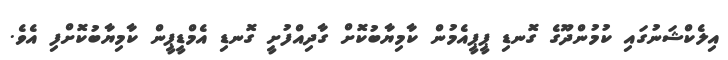
އިލެކްޝަނުގައި ކުމުންދޫގެ ގޮނޑި ޕީޕީއެމުން ކާމިޔާބުކޮށް ގާދިއްފުށީ ގޮނޑި އެމްޑީޕީން ކާމިޔާބުކޮށްފި އެވެ.